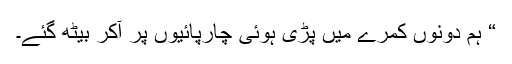
“ ہم دونوں کمرے میں پڑی ہوئی چارپائیوں پر آکر بیٹھ گئے۔